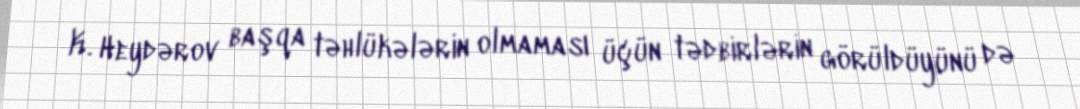
K. Heydərov başqa təhlükələrin olmaması üçün tədbirlərin görüldüyünü də